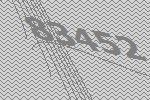
83452